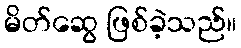
မိတ်ဆွေ ဖြစ်ခဲ့သည်။